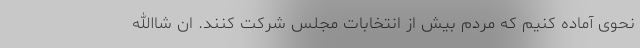
نحوی آماده کنیم که مردم بیش از انتخابات مجلس شرکت کنند. ان شاالله